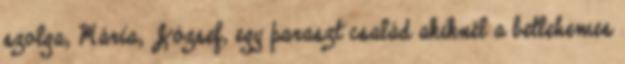
szolga, Mária, József, egy paraszt család akiknél a betlehemes